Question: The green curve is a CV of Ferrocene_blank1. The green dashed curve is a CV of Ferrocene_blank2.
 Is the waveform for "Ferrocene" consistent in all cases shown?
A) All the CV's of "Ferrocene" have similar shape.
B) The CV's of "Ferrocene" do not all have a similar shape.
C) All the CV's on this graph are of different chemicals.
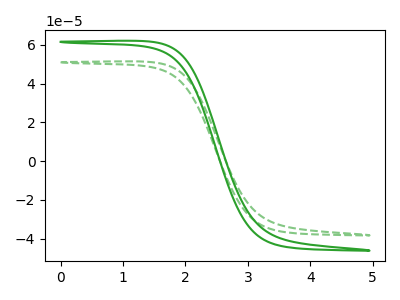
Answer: <think>The green curve "Ferrocene_blank1" has no peaks. The green dashed curve "Ferrocene_blank2" has no peaks.
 Neither "Ferrocene_blank1" or "Ferrocene_blank2" have any peaks.</think>
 <answer>A) All the CV's of "Ferrocene" have similar shape.</answer>
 <eval>A</eval>